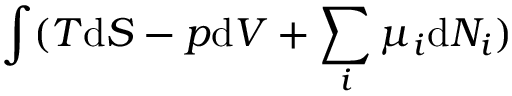
\int ( T { \mathrm { d } } S - p { \mathrm { d } } V + \sum _ { i } \mu _ { i } { \mathrm { d } } N _ { i } )